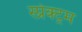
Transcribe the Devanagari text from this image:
स्प्रेक्ट्रम